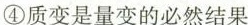
④质变是量变的必然结果